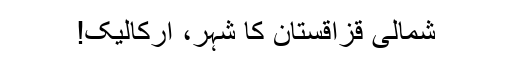
شمالی قزاقستان کا شہر، ارکالیک!